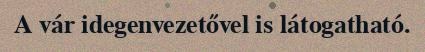
A vár idegenvezetővel is látogatható.